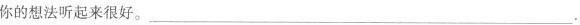
你的想法听起来很好。___.